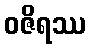
ဝဇိရဿ